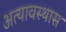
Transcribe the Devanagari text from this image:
अत्यावस्थास